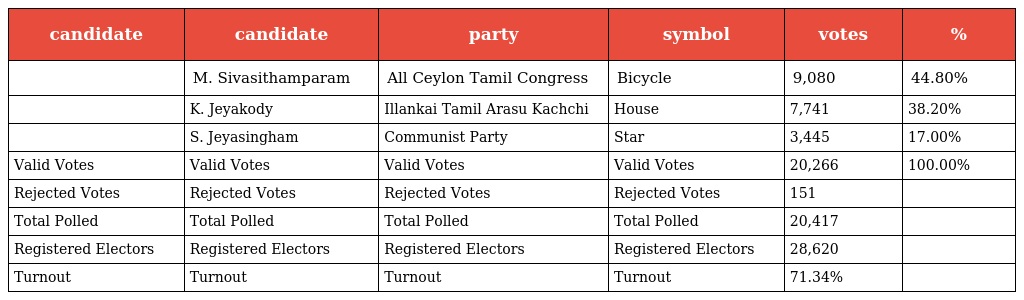
| candidate | candidate | party | symbol | votes | % |
 | --- | --- | --- | --- | --- | --- |
 |  | M. Sivasithamparam | All Ceylon Tamil Congress | Bicycle | 9,080 | 44.80% |
 |  | K. Jeyakody | Illankai Tamil Arasu Kachchi | House | 7,741 | 38.20% |
 |  | S. Jeyasingham | Communist Party | Star | 3,445 | 17.00% |
 | Valid Votes | Valid Votes | Valid Votes | Valid Votes | 20,266 | 100.00% |
 | Rejected Votes | Rejected Votes | Rejected Votes | Rejected Votes | 151 |  |
 | Total Polled | Total Polled | Total Polled | Total Polled | 20,417 |  |
 | Registered Electors | Registered Electors | Registered Electors | Registered Electors | 28,620 |  |
 | Turnout | Turnout | Turnout | Turnout | 71.34% |  |